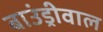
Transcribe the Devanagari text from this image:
बाउंड्रीवाल